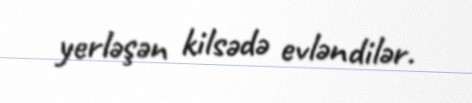
yerləşən kilsədə evləndilər.